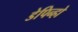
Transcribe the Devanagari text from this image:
डेपिन्हो